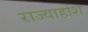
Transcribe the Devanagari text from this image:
राज्याहांश